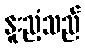
နူးညံ့သည်